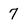
Character: 7